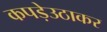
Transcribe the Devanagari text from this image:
कपड़ेउठाकर